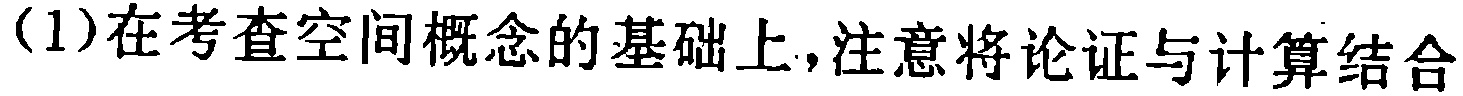
(1)在考查空间概念的基础上,注意将论证与计算结合